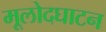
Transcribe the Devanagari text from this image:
मूलोदघाटन